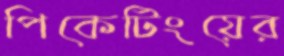
পিকেটিংয়ের